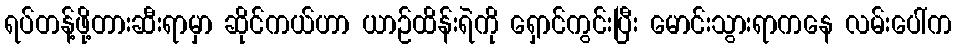
ရပ်တန့်ဖို့တားဆီးရာမှာ ဆိုင်ကယ်ဟာ ယာဉ်ထိန်းရဲကို ရှောင်ကွင်းပြီး မောင်းသွားရာကနေ လမ်းပေါ်က